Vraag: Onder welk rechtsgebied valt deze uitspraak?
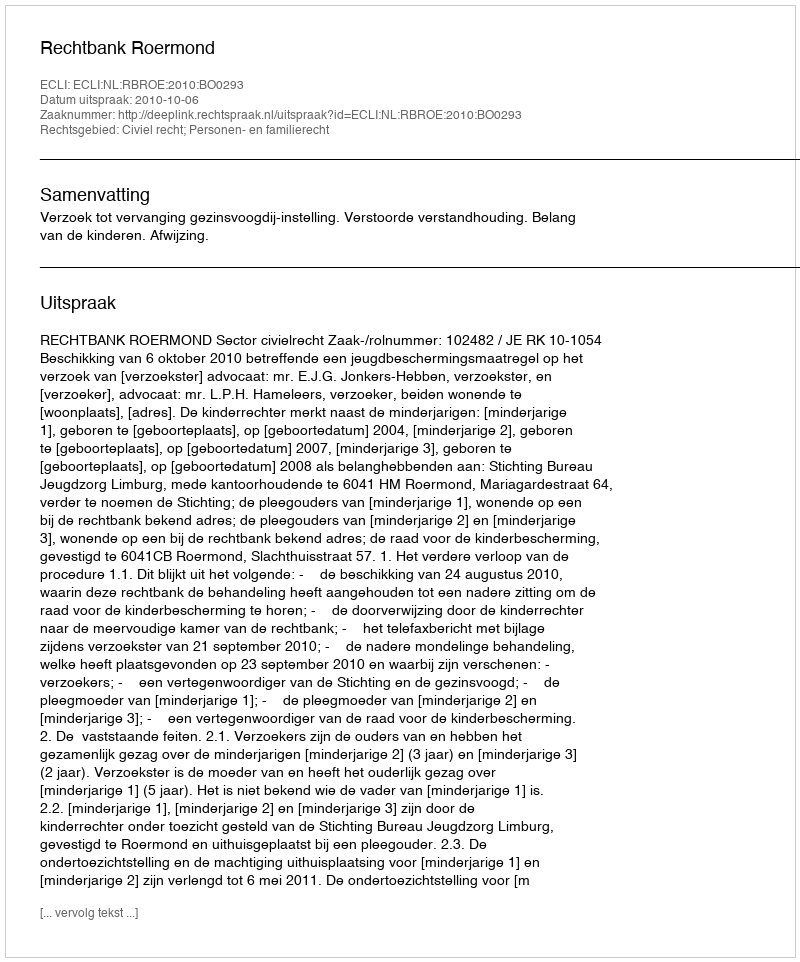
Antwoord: Civiel recht; Personen- en familierecht